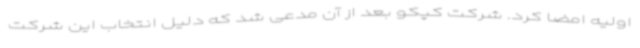
اولیه امضا کرد. شرکت کپکو بعد از آن مدعی شد که دلیل انتخاب این شرکت